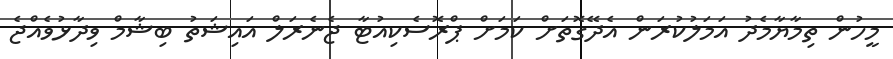
މީހުން ތިމާޔާމެދު އަމަލުކުރަން އެދޭގޮތަށް ކަމަށް ޕްރޮސެކިއުޓާ ޖެނެރަލް އައިޝަތު ބިޝާމް ވިދާޅުވެއްޖެ